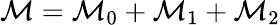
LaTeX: {\cal M}={\cal M}_{0}+{\cal M}_{1}+{\cal M}_{2}